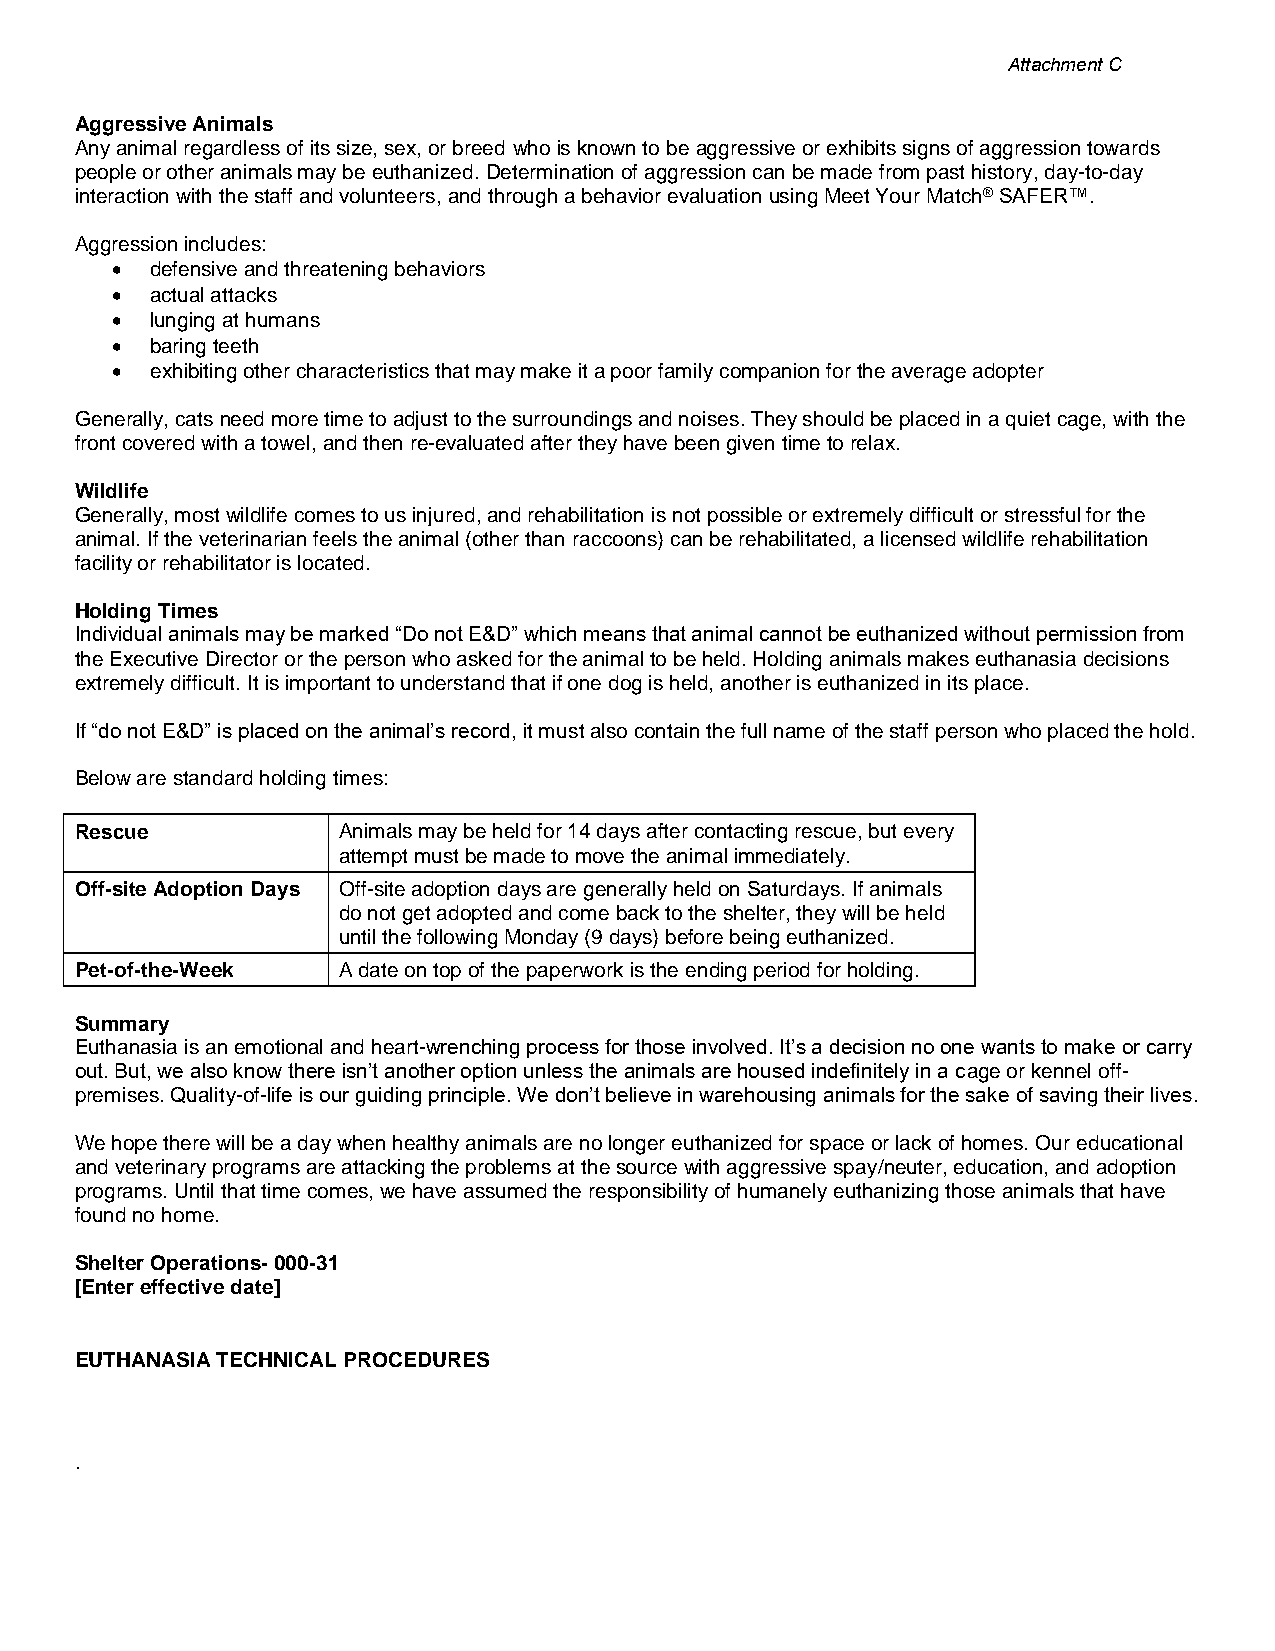
Attachment C
 Aggressive Animals
 Any animal regardless of its size, sex, or breed who is known to be aggressive or exhibits signs of aggression towards
 people or other animals may be euthanized. Determination of aggression can be made from past history, day-to-day
 interaction with the staff and volunteers, and through a behavior evaluation using Meet Your Match® SAFER™.
 Aggression includes:
 •  defensive and threatening behaviors
 •  actual attacks
 •  lunging at humans
 •  baring teeth
 •  exhibiting other characteristics that may make it a poor family companion for the average adopter
 Generally, cats need more time to adjust to the surroundings and noises. They should be placed in a quiet cage, with the
 front covered with a towel, and then re-evaluated after they have been given time to relax.
 Wildlife
 Generally, most wildlife comes to us injured, and rehabilitation is not possible or extremely difficult or stressful for the
 animal. If the veterinarian feels the animal (other than raccoons) can be rehabilitated, a licensed wildlife rehabilitation
 facility or rehabilitator is located.
 Holding Times
 Individual animals may be marked “Do not E&D” which means that animal cannot be euthanized without permission from
 the Executive Director or the person who asked for the animal to be held. Holding animals makes euthanasia decisions
 extremely difficult. It is important to understand that if one dog is held, another is euthanized in its place.
 If “do not E&D” is placed on the animal’s record, it must also contain the full name of the staff person who placed the hold.
 Below are standard holding times:
 Rescue           Animals may be held for 14 days after contacting rescue, but every
 attempt must be made to move the animal immediately.
 Off-site Adoption Days Off-site adoption days are generally held on Saturdays. If animals
 do not get adopted and come back to the shelter, they will be held
 until the following Monday (9 days) before being euthanized.
 Pet-of-the-Week  A date on top of the paperwork is the ending period for holding.
 Summary
 Euthanasia is an emotional and heart-wrenching process for those involved. It’s a decision no one wants to make or carry
 out. But, we also know there isn’t another option unless the animals are housed indefinitely in a cage or kennel off-
 premises. Quality-of-life is our guiding principle. We don’t believe in warehousing animals for the sake of saving their lives.
 We hope there will be a day when healthy animals are no longer euthanized for space or lack of homes. Our educational
 and veterinary programs are attacking the problems at the source with aggressive spay/neuter, education, and adoption
 programs. Until that time comes, we have assumed the responsibility of humanely euthanizing those animals that have
 found no home.
 Shelter Operations- 000-31
 [Enter effective date]
 EUTHANASIA TECHNICAL PROCEDURES
 .